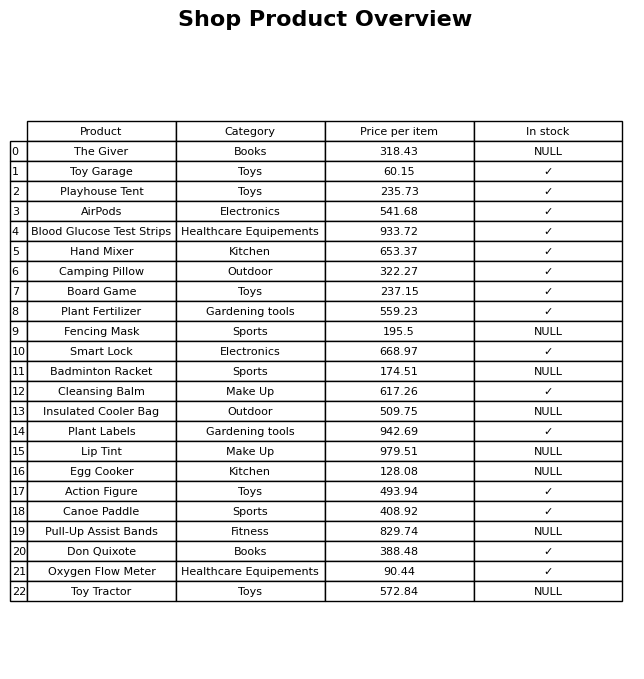
question: What is the price for Toy Garage?
answer: The price of Toy Garage is 60.15.